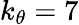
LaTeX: k_{\theta}=7